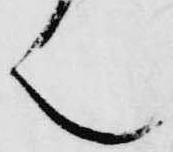
ん